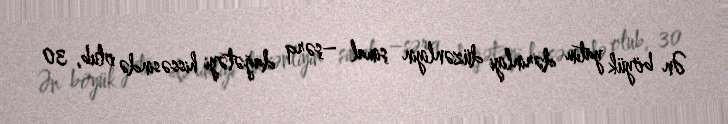
Ən böyük yatım dərinliyi düzənliyin şimal –şərq dağətəyi hissəsində olub, 30